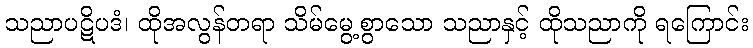
သညာပဋိပဒံ၊ ထိုအလွန်တရာ သိမ်မွေ့စွာသော သညာနှင့် ထိုသညာကို ရကြောင်း